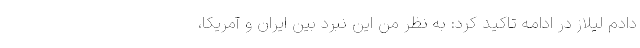
دادم لیلاز در ادامه تاکید کرد: به نظر من این نبرد بین ایران و آمریکا،